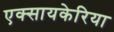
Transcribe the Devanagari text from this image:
एक्सायकेरिया